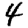
Digit: 4